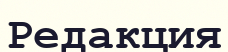
Редакция